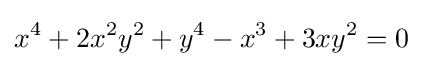
x^{4}+2x^{2}y^{2}+y^{4}-x^{3}+3xy^{2}=0